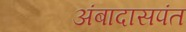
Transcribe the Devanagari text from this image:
अंबादासपंत